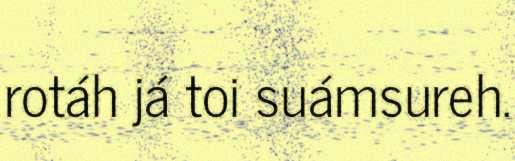
rotáh já toi suámsureh.